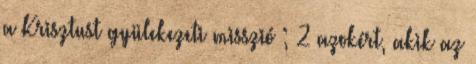
a Krisztust gyülekezeti misszió ; 2 azokért, akik az